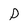
Character: D